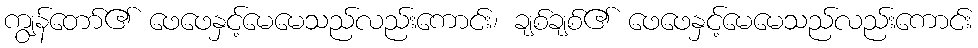
ကျွန်တော်၏ ဖေဖေနှင့်မေမေသည်လည်းကောင်း၊ ချစ်ချစ်၏ ဖေဖေနှင့်မေမေသည်လည်းကောင်း